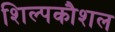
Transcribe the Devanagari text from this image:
शिल्पकौशल